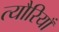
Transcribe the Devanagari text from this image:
त्यौरियाँ